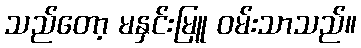
သည်တော့ မနှင်းမြူ ဝမ်းသာသည်။